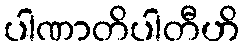
ပါဏာတိပါတီဟိ